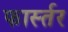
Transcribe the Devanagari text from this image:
फार्स्तर